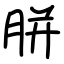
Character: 胼